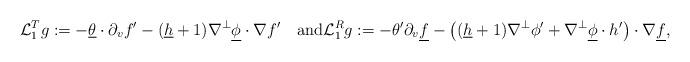
LaTeX: \begin{align*}\mathcal{L}_1^Tg:=-\underline{\theta}\cdot\partial_v f'-(\underline{h}+1)\nabla^{\perp}\underline{\phi}\cdot \nabla f'\quad\mathrm{and}\mathcal{L}_1^Rg:=-\theta'\partial_v\underline{f}-\big((\underline{h}+1)\nabla^{\perp}\phi'+\nabla^{\perp}\underline{\phi}\cdot h'\big)\cdot\nabla\underline{f},\end{align*}